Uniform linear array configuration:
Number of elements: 12
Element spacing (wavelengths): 1
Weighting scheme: hamming
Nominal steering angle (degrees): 45
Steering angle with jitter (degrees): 44.556
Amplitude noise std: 0.05
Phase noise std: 0.05

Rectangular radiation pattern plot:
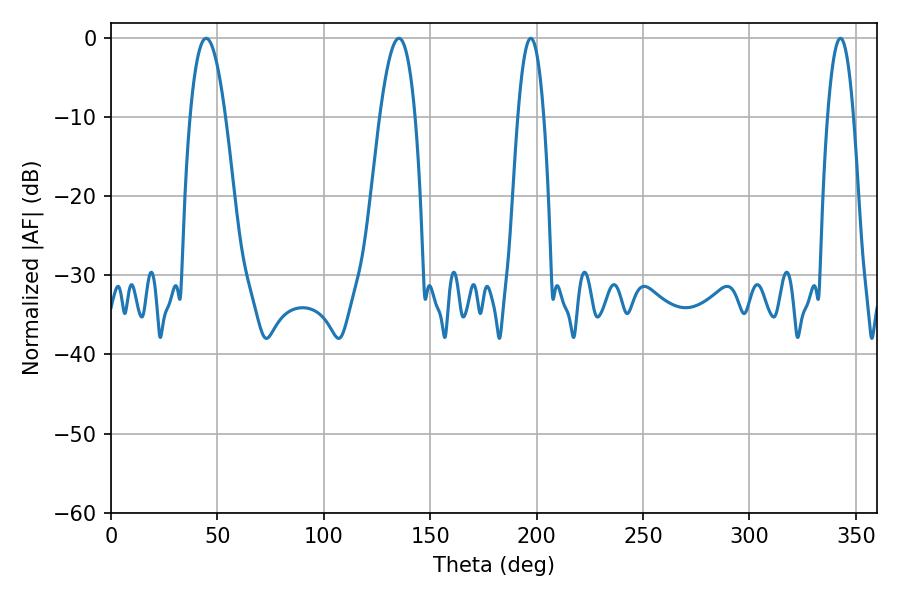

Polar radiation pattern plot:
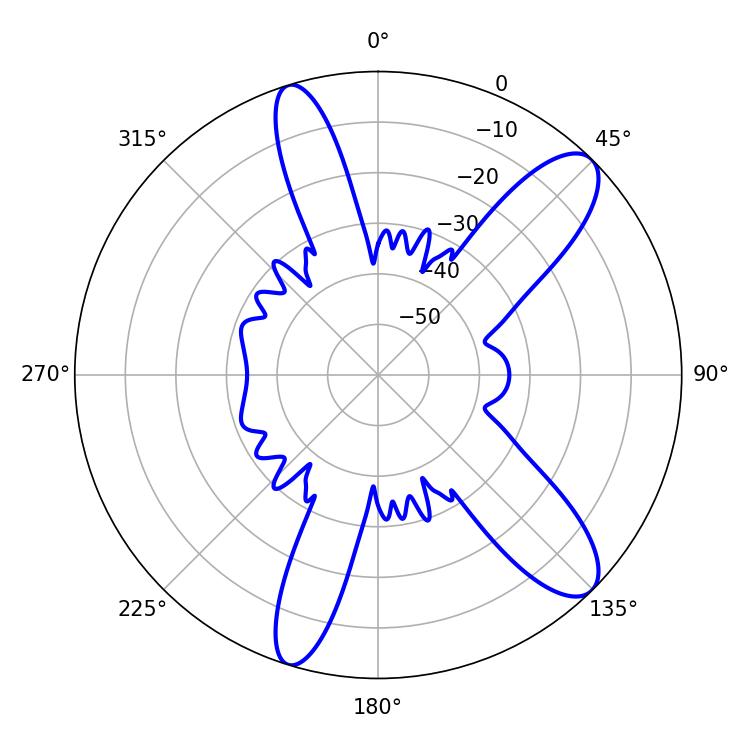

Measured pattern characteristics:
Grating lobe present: TRUE
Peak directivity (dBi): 10.763
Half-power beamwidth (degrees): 6.66
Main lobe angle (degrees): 197.28